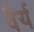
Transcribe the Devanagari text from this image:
वैर्य